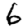
Digit: 6